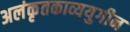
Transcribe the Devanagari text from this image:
अलंकृतकाव्ययुगीन